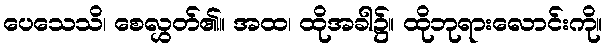
ပေသေသိ၊ စေလွှတ်၏။ အထ၊ ထိုအခါ၌။ ထိုဘုရားလောင်းကို။